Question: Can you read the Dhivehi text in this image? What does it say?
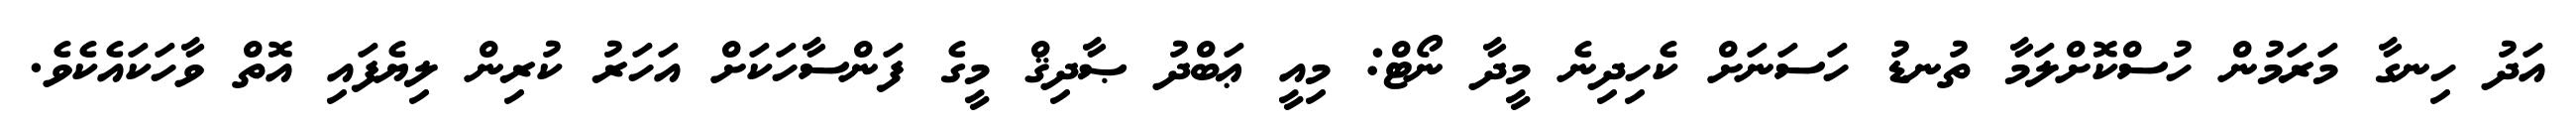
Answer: އަދު ހިނގާ މަރަމުން ހުސްކޮށްލަމާ ތުނޑު ހަސަނަށް ކެހިދިނެ މީދާ ނޯޓް: މިއީ ޢަބްދު ޞާދިޤް މީގެ ފަންސާހަކަށް އަހަރު ކުރިން ލިޔެފައި އޮތް ވާހަކައެކެވެ.